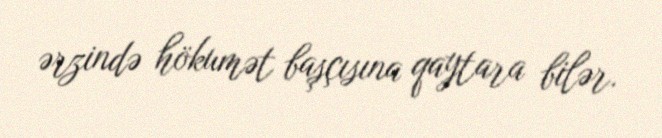
ərzində hökumət başçısına qaytara bilər.